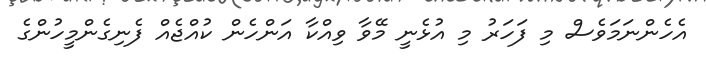
އެހެންނަމަވެސް މި ފަހަރު މި އުޅެނީ މޭވާ ވިއްކާ އަންހެން ކުއްޖެއް ފެނިގެންމީހުންގެ